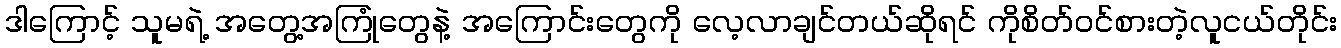
ဒါကြောင့် သူမရဲ့ အတွေ့အကြုံတွေနဲ့ အကြောင်းတွေကို လေ့လာချင်တယ်ဆိုရင် ကိုစိတ်ဝင်စားတဲ့လူငယ်တိုင်း